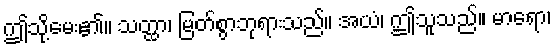
ဤသို့မေး၏။ သတ္ထာ၊ မြတ်စွာဘုရားသည်။ အယံ၊ ဤသူသည်။ မာရော၊